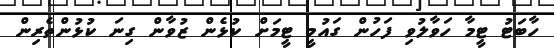
ހާބަޓު ޓީމާ ހަވާލުވި ފަހުން ގައުމީ ޓީމަށް ކުޅެން ޒުވާން ގިނަ ކުޅުންތެރިން